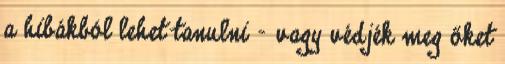
a hibákból lehet tanulni – vagy védjék meg őket